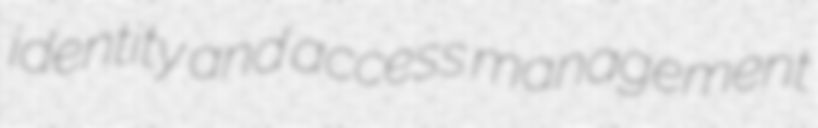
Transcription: identity and access management